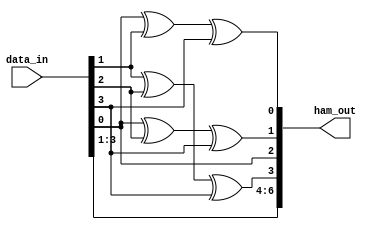

module hamming_encoder(
    input [3:0] data_in,
    output [7:1] ham_out
    );
        
  xor(ham_out[1],data_in[0],data_in[1],data_in[3]);
  xor(ham_out[2],data_in[0],data_in[2],data_in[3]);
  assign ham_out[3] = data_in[0];
  xor(ham_out[4],data_in[1],data_in[2],data_in[3]);
  assign ham_out[5] = data_in[1];
  assign ham_out[6] = data_in[2];
  assign ham_out[7] = data_in[3];
endmodule